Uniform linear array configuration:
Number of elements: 24
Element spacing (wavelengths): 0.5
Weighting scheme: blackman
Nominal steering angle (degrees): -45
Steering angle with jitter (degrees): -43.428
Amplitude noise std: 0.05
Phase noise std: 0.05

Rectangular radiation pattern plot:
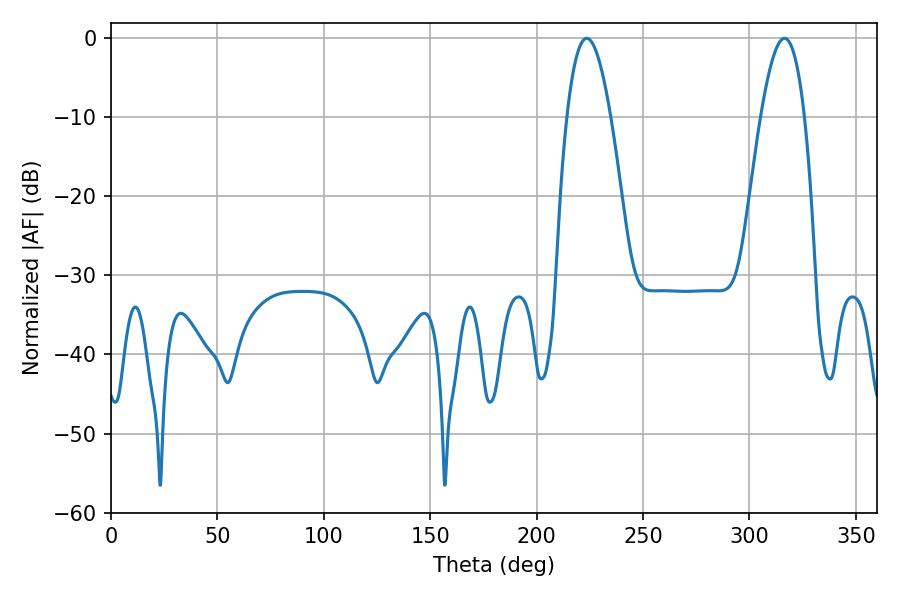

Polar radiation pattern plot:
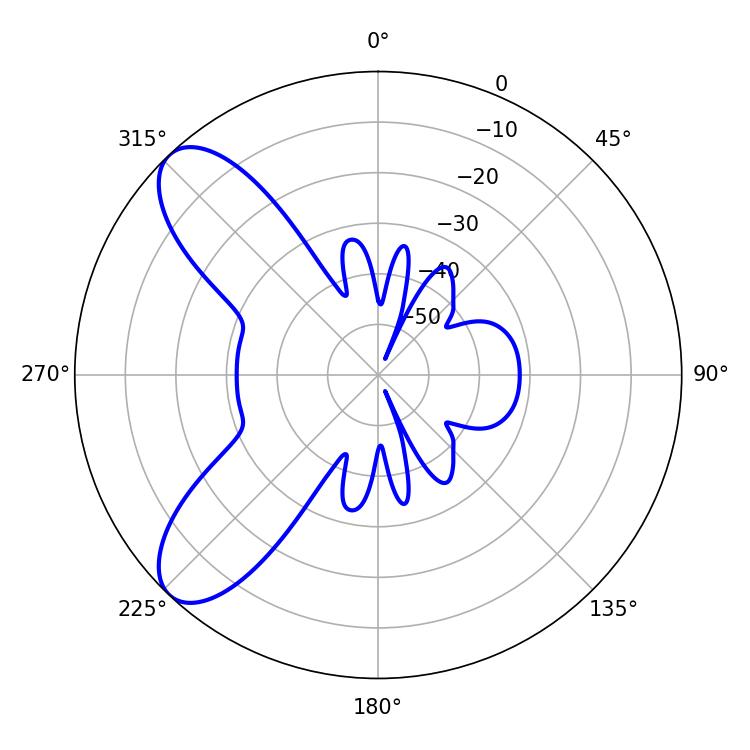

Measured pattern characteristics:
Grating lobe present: FALSE
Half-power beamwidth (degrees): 11.34
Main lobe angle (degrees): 223.56